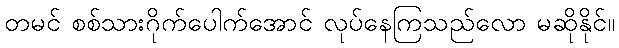
တမင် စစ်သားဂိုက်ပေါက်အောင် လုပ်နေကြသည်လော မဆိုနိုင်။